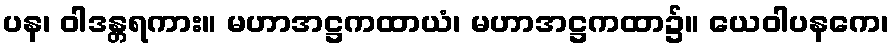
ပန၊ ဝါဒန္တရကား။ မဟာအဋ္ဌကထာယံ၊ မဟာအဋ္ဌကထာ၌။ ယေဝါပနကေ၊